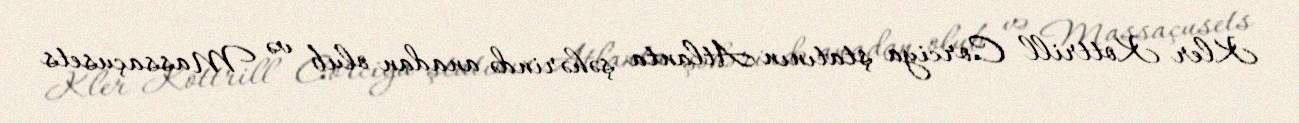
Kler Kottrill Corciya ştatının Atlanta şəhərində anadan olub və Massaçusets